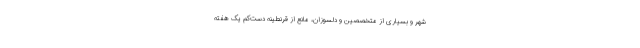
شهر و بسیاری از متخصصین و دلسوزان، مانع از قرنطینه دست‌کم یک هفته